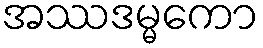
အဿဒမ္မကော